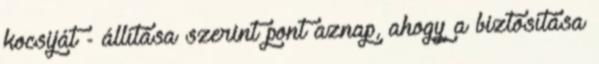
kocsiját - állítása szerint pont aznap, ahogy a biztosítása